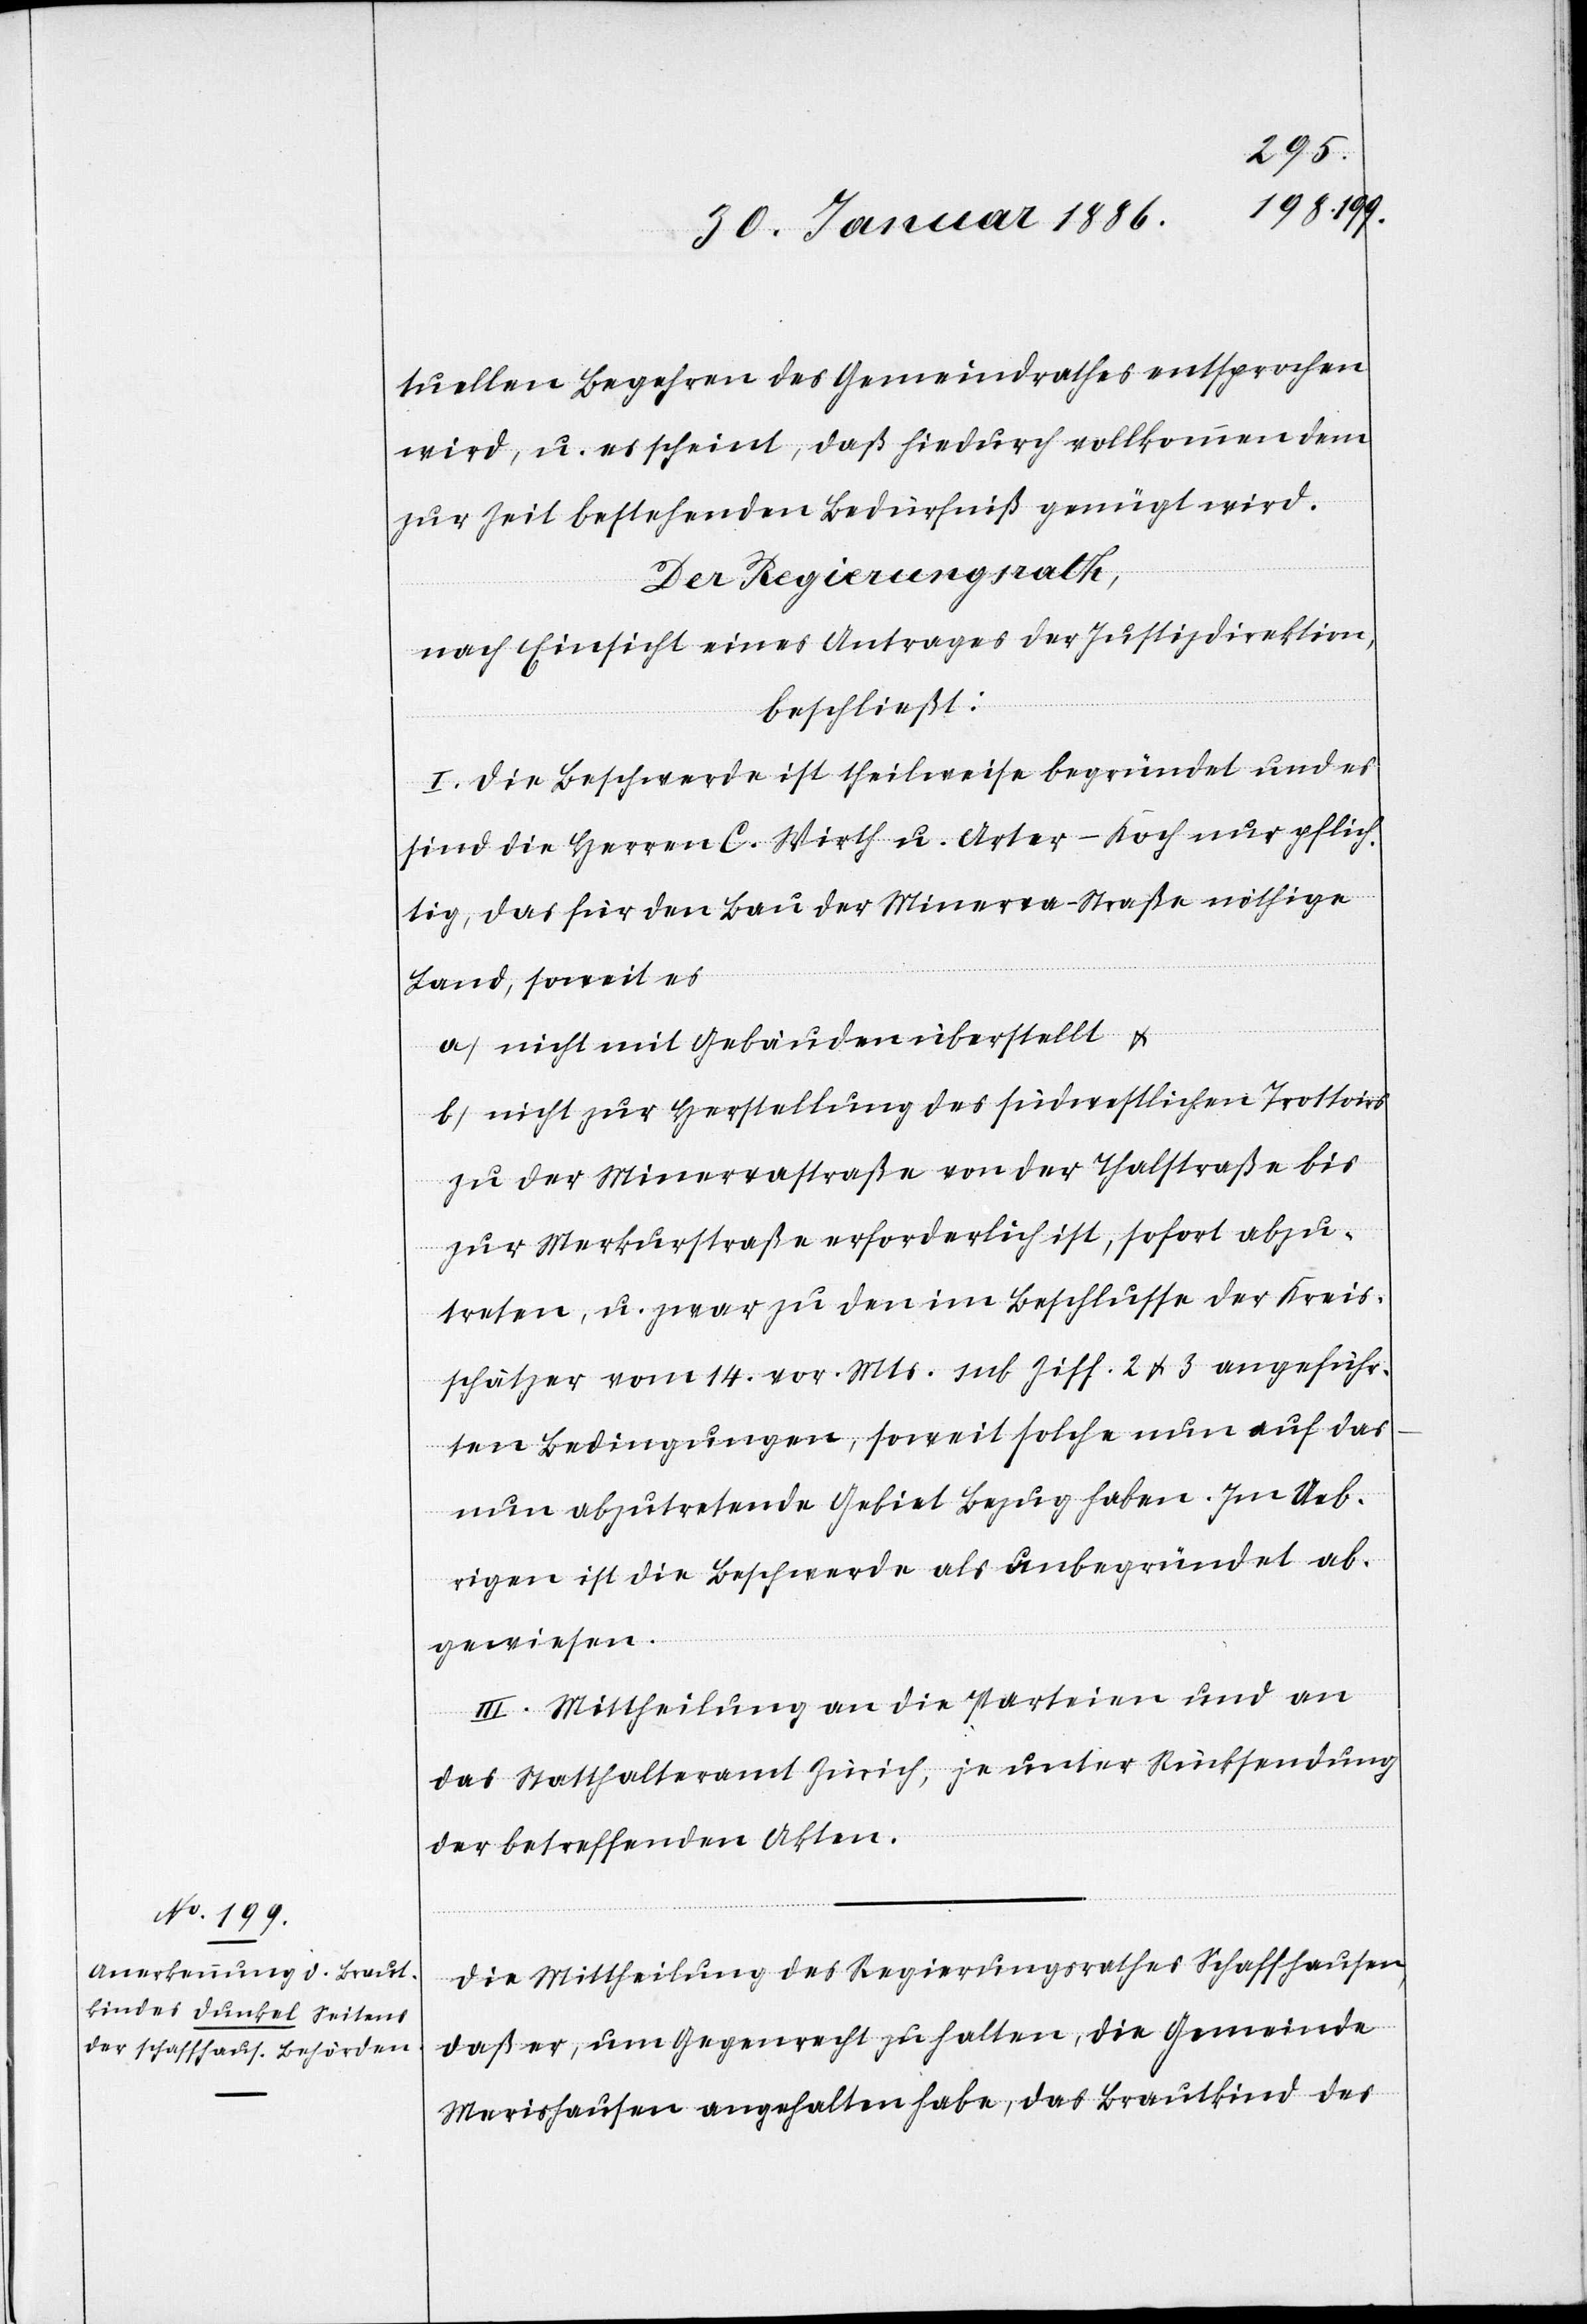
uweisen.
tuellen Begehren des Gemeindrathes entsprochen
wird, u. es scheint, daß hierdurch vollkommen den
zur Zeit bestehenden Bedürfniß genügt wird.
Der Regierungsrath,
nach Einsicht eines Antrages der Justizdirektion,
beschließt:
I. Die Beschwerde ist theilweise begründet und es
sind die Herren C. Wirth u. Arter-Koch nur pflich¬
tig, das für den Bau der Minerva-Straße nöthige
Land, soweit es
a) nicht mit Gebäuden überstellt &
b) nicht zur Herstellung des südwestlichen Trottoirs
zu der Minervastraße von der Thalstraße bis
zur Merkurstraße erforderlich ist, sofort anzu¬
treten, u. zwar zu den im Beschlusse der Kreis¬
schätzer vom 14. vor. Mts. sub Ziff. 2 & 3 angeführ¬
ten Bedingungen, soweit solche nun auf das
nun abzutretende Gebiet Bezug haben. Im Ueb¬
rigen ist die Beschwerde als unbegründet abz¬
II] Mittheilung an die Parteien und an
das Statthalteramt Zürich, je unter Rücksendung
der betreffenden Akten.
Die Mittheilung des Regierungsrathes Schaffhausen,
daß er, um Gegenrecht zu halten, die Gemeinde
Merishausen angehalten habe, das Brautkind des